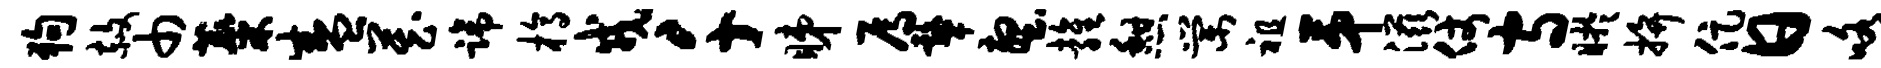
狗赦巾麋盛藏蹄槁戎千睇焉鼙壑雍憩棠祖第滋仗守盱拚促日咯